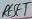
Text: RESET